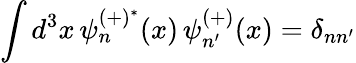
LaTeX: \int d^{3}x\, \psi_{n}^{(+)^{*}}(x)\, \psi_{n^{\prime}}^{(+)}(x)=\delta_{nn^{\prime}}